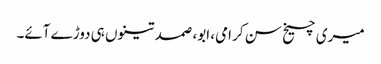
میری چیخ سن کر امی، ابو، صمد تینوں ہی دوڑے آئے۔